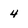
Character: 4